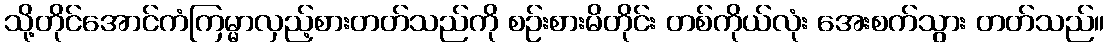
သို့တိုင်အောင်ကံကြမ္မာလှည့်စားတတ်သည်ကို စဉ်းစားမိတိုင်း တစ်ကိုယ်လုံး အေးစက်သွား တတ်သည်။